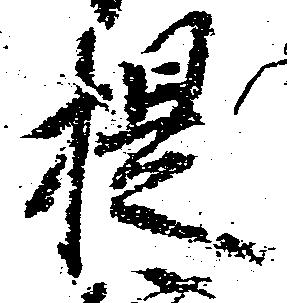
提